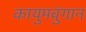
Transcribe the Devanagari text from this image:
कायुमवुंगान